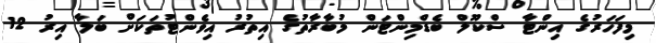
މިފަހަރުގެ އިންޓާ ސްކޫލް ބެޑްމިންޓަން މުބާރާތުގެ އިތުރު އިވެންޓުތަކަށް ބަލާ އިރު 12